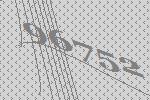
96752